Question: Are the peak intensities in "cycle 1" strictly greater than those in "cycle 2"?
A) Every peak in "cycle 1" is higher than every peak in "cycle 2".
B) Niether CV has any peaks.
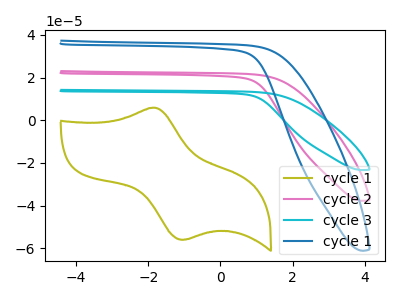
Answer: <think>The olive curve "cycle 1" has an anodic peak at (-1.80V, 5.85uA) and a cathodic peak at (-1.00V, -55.90uA). The pink curve "cycle 2" has no peaks. The cyan curve "cycle 3" has no peaks. The blue curve "cycle 1" has no peaks.</think>
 <answer>B) Niether CV has any peaks.</answer>
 <eval>B</eval>